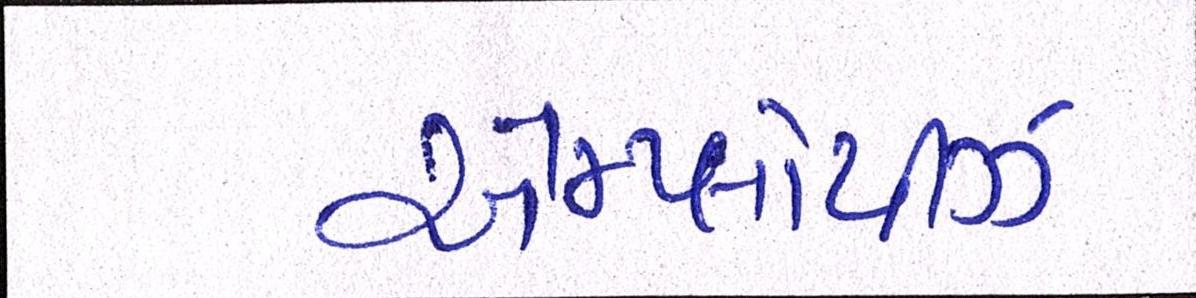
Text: એમ્પ્લોયીઝ